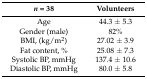
<table><thead><tr><td><b><i>n</i> = 38</b></td><td><b>Volunteers</b></td></tr></thead><tbody><tr><td>Age </td><td>44.3 ± 5.3</td></tr><tr><td>Gender (male)</td><td>82%</td></tr><tr><td>BMI, (kg/m<sup>2</sup>)</td><td>27.02 ± 3.9</td></tr><tr><td>Fat content, %</td><td>25.08 ± 7.3</td></tr><tr><td>Systolic BP, mmHg</td><td>137.4 ± 10.6</td></tr><tr><td>Diastolic BP, mmHg</td><td>80.0 ± 5.8</td></tr></tbody></table>